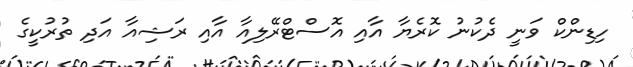
ހިޑިންކް ވަނީ ދެކުނު ކޮރެޔާ އާއި އޮސްޓްރޭލިއާ އާއި ރަޝިއާ އަދި ތުރުކީގެ